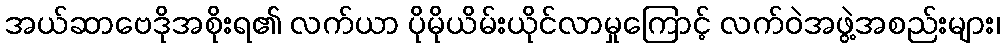
အယ်ဆာဗေဒိုအစိုးရ၏ လက်ယာ ပိုမိုယိမ်းယိုင်လာမှုကြောင့် လက်ဝဲအဖွဲ့အစည်းများ၊